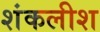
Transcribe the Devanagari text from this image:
शंकलीश